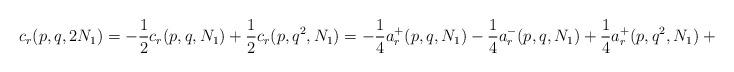
LaTeX: \begin{align*} c_r(p,q,2N_1) = -\frac{1}{2} c_r(p,q,N_1) + \frac{1}{2} c_r(p,q^2,N_1) = -\frac{1}{4} a_r^+(p,q,N_1)-\frac{1}{4} a_r^-(p,q,N_1) + \frac{1}{4} a_r^+(p,q^2,N_1)+\frac{1}{4} a_r^-(p,q^2,N_1) \end{align*}